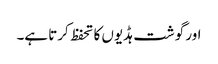
اور گوشت ہڈیوں کا تحفظ کرتا ہے۔